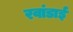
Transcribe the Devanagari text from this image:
रवांडाई